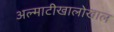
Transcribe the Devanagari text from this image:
अल्माटीखालोखाल